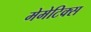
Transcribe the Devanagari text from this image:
मेमेटिक्स